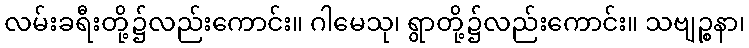
လမ်းခရီးတို့၌လည်းကောင်း။ ဂါမေသု၊ ရွာတို့၌လည်းကောင်း။ သဗျဉ္စနာ၊